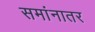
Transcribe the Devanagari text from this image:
समांनातर